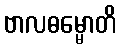
ဗာလဓမ္မောတိ